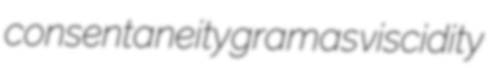
consentaneity gramas viscidity